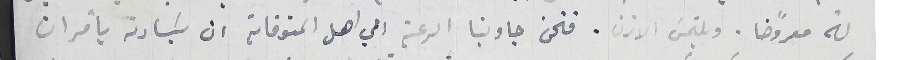
له معروضًا. ويلتمسَ الازن. فنحن جاوبنا الرعية الي اهل المتوفاية ان سَيادته يأمر ان